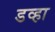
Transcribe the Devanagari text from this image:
डव्हा